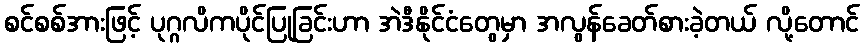
စင်စစ်အားဖြင့် ပုဂ္ဂလိကပိုင်ပြုခြင်းဟာ အဲဒီနိုင်ငံတွေမှာ အလွန်ခေတ်စားခဲ့တယ် လို့တောင်